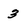
Character: 3